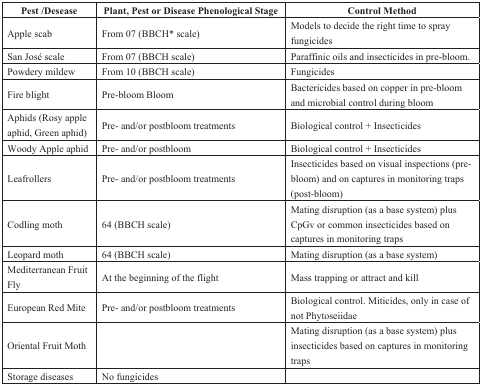
| Pest /Desease | Plant, Pest or Disease Phenological Stage | Control Method |
 | --- | --- | --- |
 | Apple scab | From 07 (BBCH* scale) | Models to decide the right time to spray fungicides |
 | San José scale | From 07 (BBCH scale) | Paraffinic oils and insecticides in pre-bloom. |
 | Powdery mildew | From 10 (BBCH scale) | Fungicides |
 | Fire blight | Pre-bloom Bloom | Bactericides based on copper in pre-bloom and microbial control during bloom |
 | Aphids (Rosy apple aphid, Green aphid) | Pre- and/or postbloom treatments | Biological control + Insecticides |
 | Woody Apple aphid | Pre- and/or postbloom | Biological control + Insecticides |
 | Leafrollers | Pre- and/or postbloom treatments | Insecticides based on visual inspections (pre-bloom) and on captures in monitoring traps (post-bloom) |
 | Codling moth | 64 (BBCH scale) | Mating disruption (as a base system) plus CpGv or common insecticides based on captures in monitoring traps |
 | Leopard moth | 64 (BBCH scale) | Mating disruption (as a base system) |
 | Mediterranean Fruit Fly | At the beginning of the flight | Mass trapping or attract and kill |
 | European Red Mite | Pre- and/or postbloom treatments | Biological control. Miticides, only in case of not Phytoseiidae |
 | Oriental Fruit Moth |  | Mating disruption (as a base system) plus insecticides based on captures in monitoring traps |
 | Storage diseases | No fungicides |  |